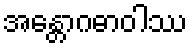
အန္တောဂဓာဝါဿ